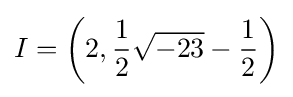
I=\left(2,{\frac {1}{2}}{\sqrt {-23}}-{\frac {1}{2}}\right)